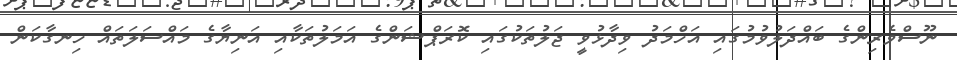
ނޫސްވެރިންގެ ބައްދަލުވުމުގައި އަހްމަދު ވިދާޅުވީ ޖަލުތަކުގައި ކޮރަޕްޝަންގެ އަމަލުތަކާއި އަނިޔާގެ މައްސަލަތައް ހިނގާކަން